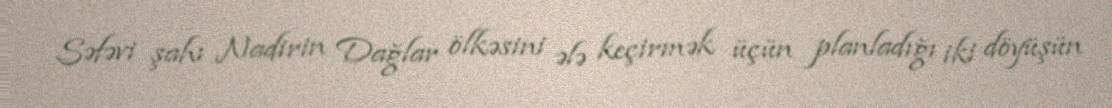
Səfəvi şahı Nadirin Dağlar ölkəsini ələ keçirmək üçün planladığı iki döyüşün